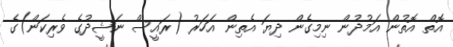
އޮތް އޮތުން އަމުދުން ނިމިގެން ދިޔަ އެތިން އަހަރު (ރައީސް ނަޝީދުގެ ވެރިކަން)ގެ